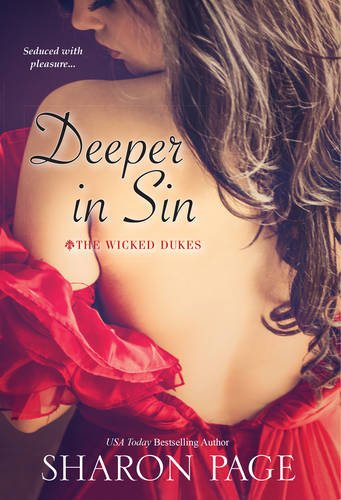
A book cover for Deeper In Sin (The Wicked Dukes); Sharon Page; Romance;